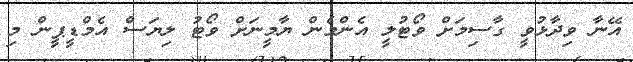
އޭނާ ވިދާޅުވީ ގާސިމަށް ވޯޓުލީ އެންމެން ޔާމީނަށް ވޯޓު ލިޔަސް އެމްޑީޕީން މި